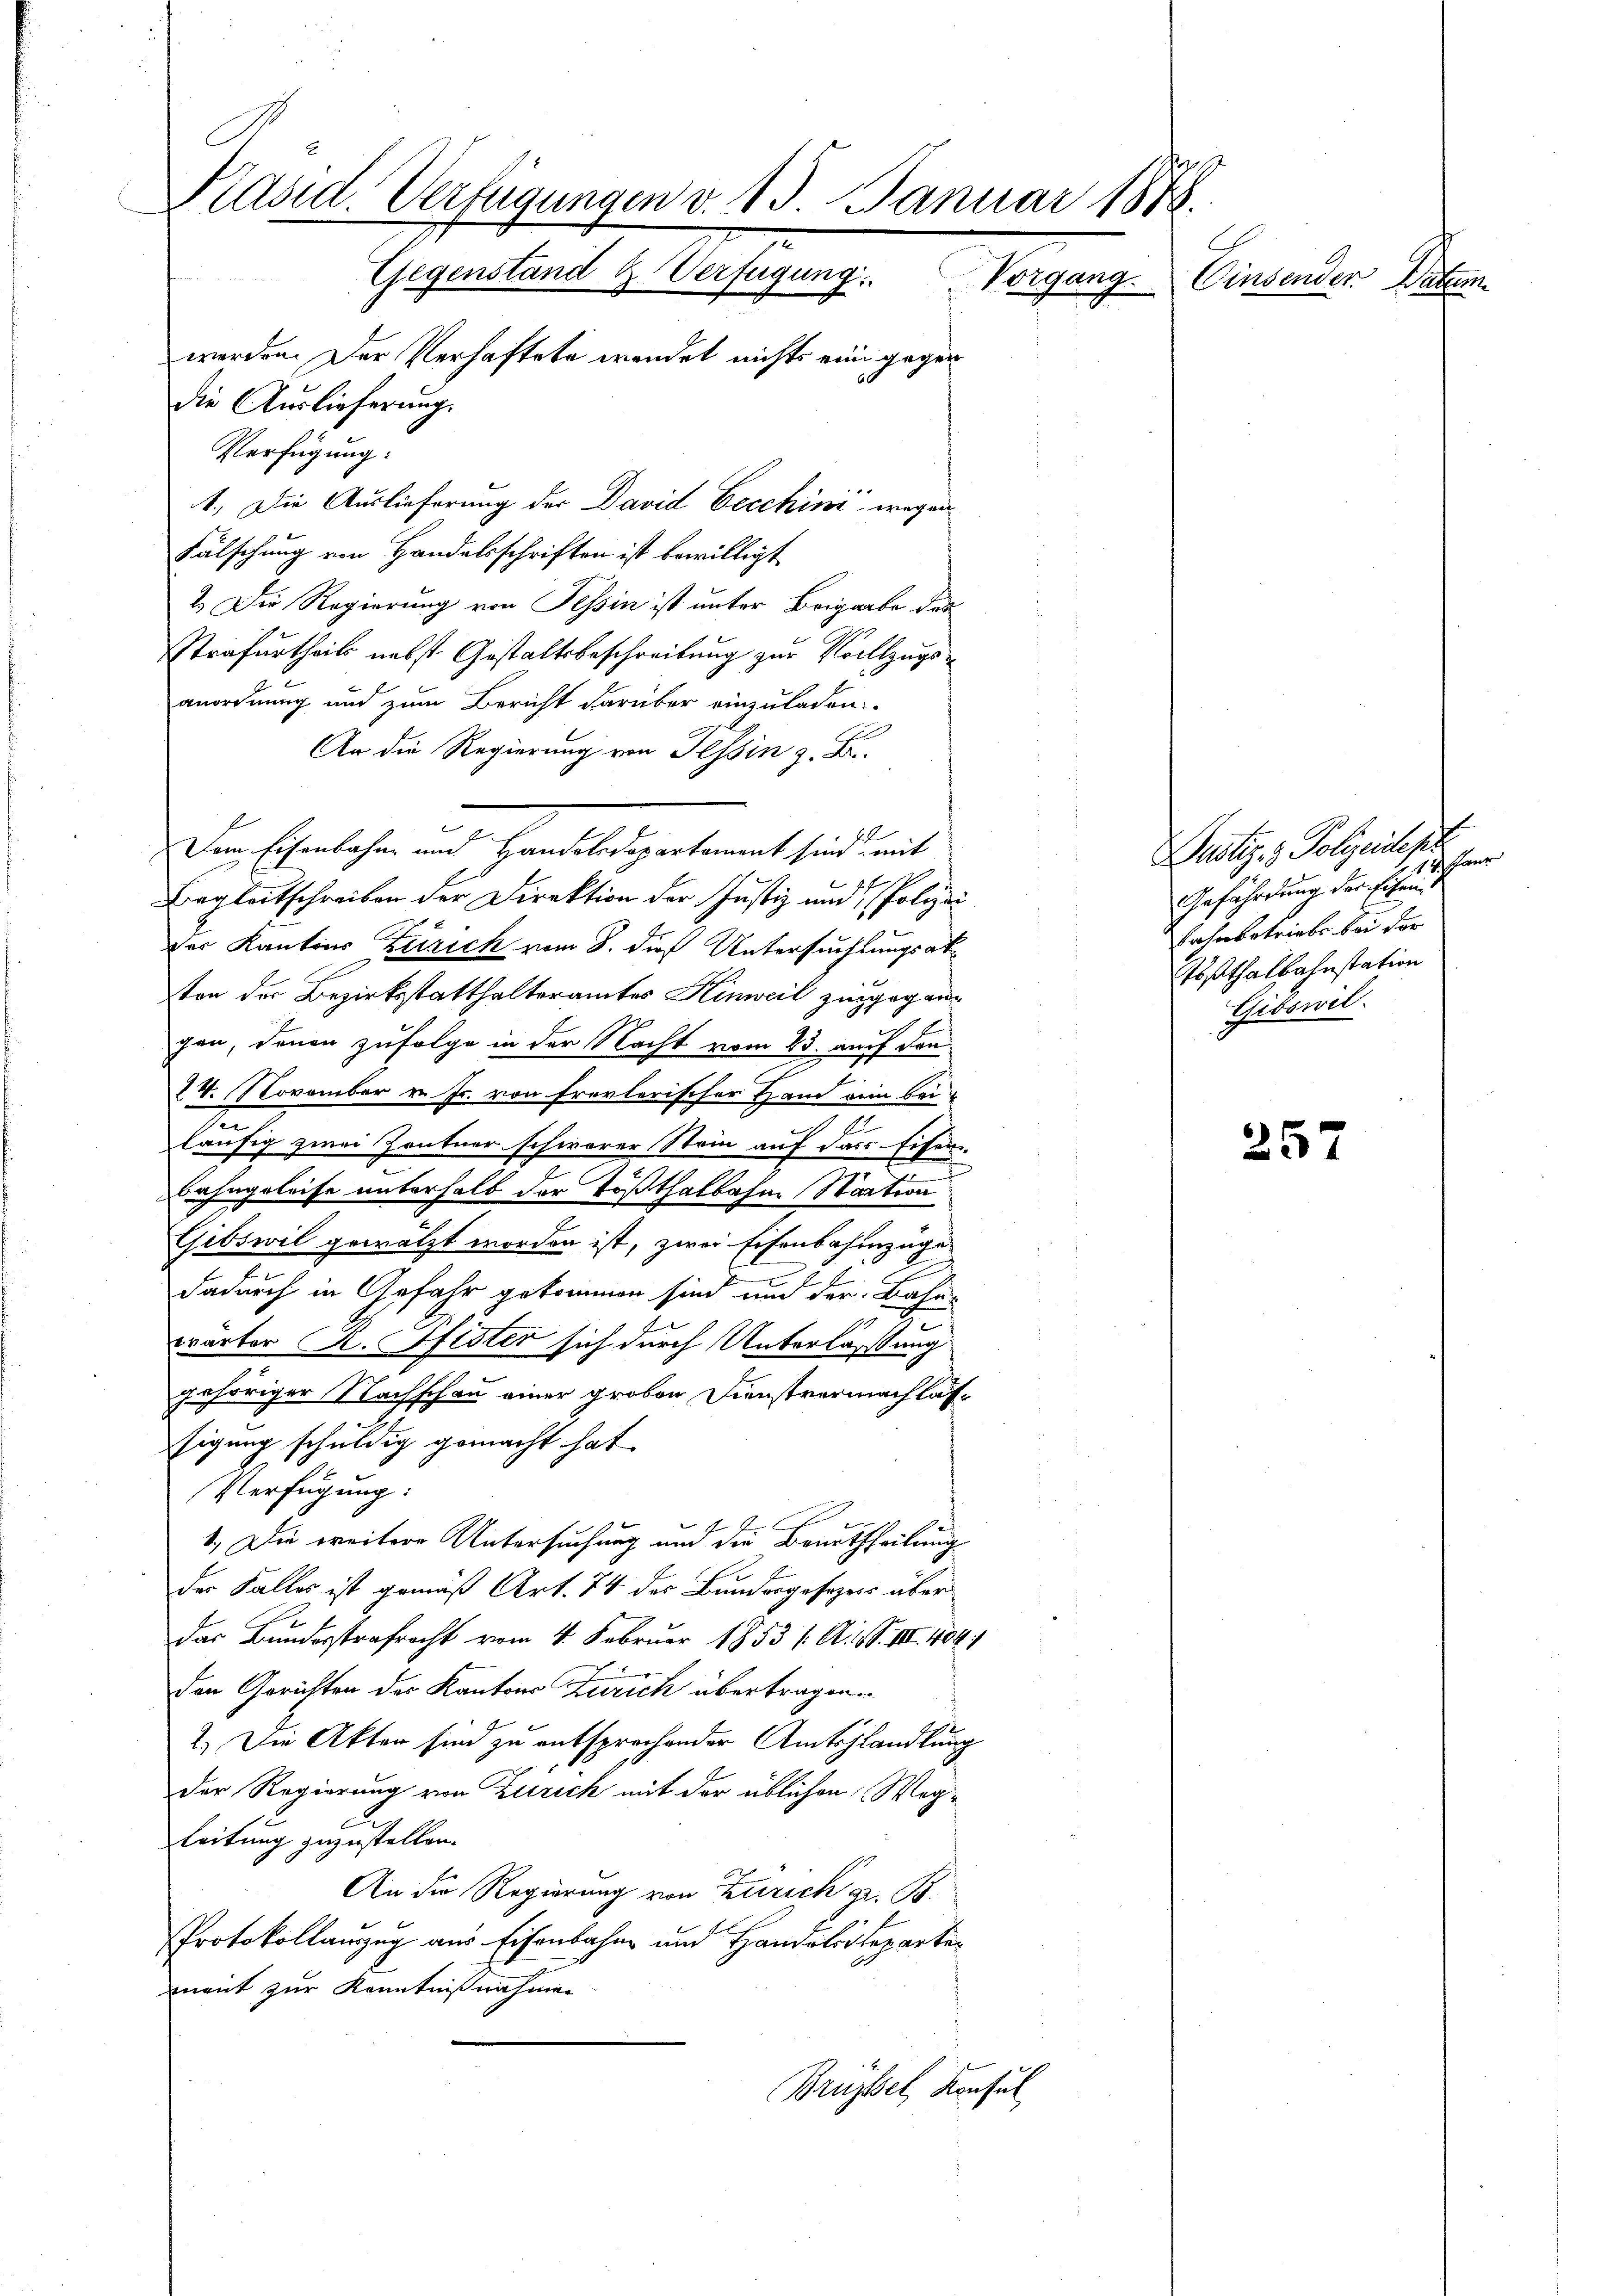
Präsid. Verfügungen v. 15. Januar 1888.
Gegenstand & Verfügung. Vorgang.
Einsender Paten
werden. Der Verhaftete wendet nichts eine gegen
Die Auslieferung.
Verfügung:

1.) Die Auslieferung der David Eecchini wegen
Fälschung von Handelsschriften ist bewilligt
2.) Die Regierung von Tessin ist unter Brigaabe das
Strafurtheils nebst Gestaltsbeschreibung zur Vollzugsanordnung und zum Bericht darüber einzuladen.
An die Regierung von Tessin z. B.
f. E
Dem Eisenbahn und Handelsdepartement sind mit
Begleitschreiben der Direktion der Justiz und Polizei
der Kantons Zürich vom 8. dieß Untersuchtungsabten der Bezirksstatthalteramtes Hinweil zugegangen, denen zufolge in der Nacht vom 23. auf den
24. November v. Js. von Frevlerischer Hand vom Bei¬
u
4
läufig zwei Zentner schwerer Stein auf das Eisen-
Bahngeleise unterhalb der Tößthalbahne Nation
Gibswil gewälzt worden ist, zwei Eisenbahnzüge
dadurch in Gefahr gekommen sind und der Bahn-
parter K. Pfister sich durch Unterlaßung
gehöriger Nachschau einer groben Dienstvernachlässigung schuldig gemacht hat.
Verfügung:
E
1.) Die weitere Untersuchung um die Beurtheilung
der Falles ist gemäß Art. 74 des Bundesgesezess über
Das Bundesstrafrecht vom 4. Februar 1853 /A. S. III. 404
den Gerichten des Kantons Zürich übertragen.
2.) Die Akten sind zu entsprechender Amtshandlung
der Regierung von Zürich mit der üblichen Weg¬
Leitung zuzustellen.
An die Regierung von Zürich z. B.
Protokollanzug aus Eisenbahn und Handalitepartement zur Kenntnißnahmen
Brüssel, Konsul

Justiz- & Polizeideser
14. Janr
Gefährdung der Eisen
bahnbetriebe bei der
Tößthalbahnstation
Gibswil¬

257